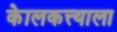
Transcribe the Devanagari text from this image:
केालकत्त्याला